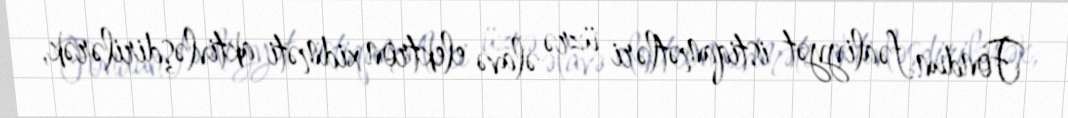
Fondun fəaliyyət istiqamətləri üzrə əlavə elektron xidməti aktivləşdirilərək,